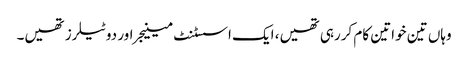
وہاں تین خواتین کام کررہی تھیں، ایک اسسٹنٹ مینیجر اور دو ٹیلرز تھیں۔